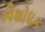
વિશોધક